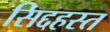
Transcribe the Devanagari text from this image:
सिद्दहस्त